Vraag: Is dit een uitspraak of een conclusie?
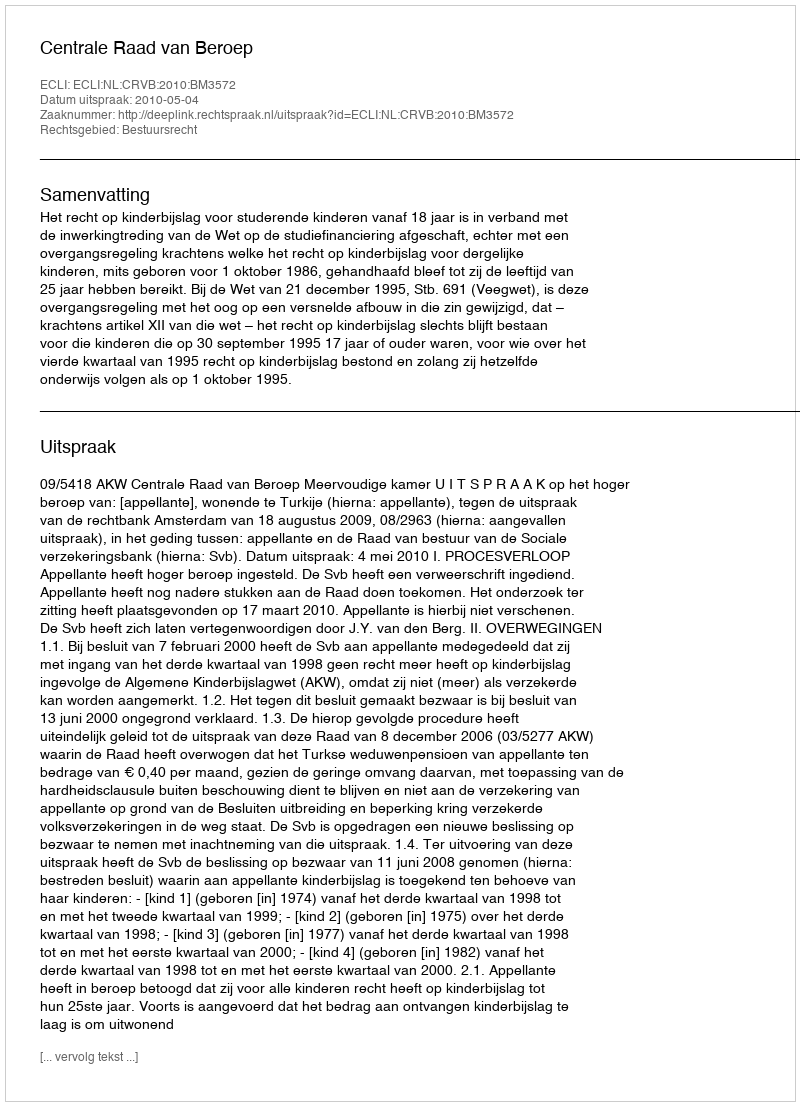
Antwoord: Uitspraak